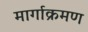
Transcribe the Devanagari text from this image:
मार्गाक्रमण